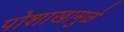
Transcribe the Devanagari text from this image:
पोशाखामुळे